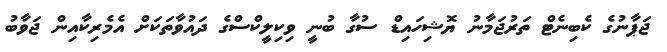
ޖަޕާނުގެ ކެބިނެޓް ތަރުޖަމާނު ޔޮޝިހައިޑް ސުގާ ބުނީ ވިކިލީކްސްގެ ދައުވާތަކަށް އެމެރިކާއިން ޖަވާބު